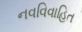
નવવિવાહિત